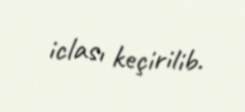
iclası keçirilib.